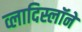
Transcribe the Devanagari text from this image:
व्लादिस्लॉने